Leaving Certificate Examination, 1916
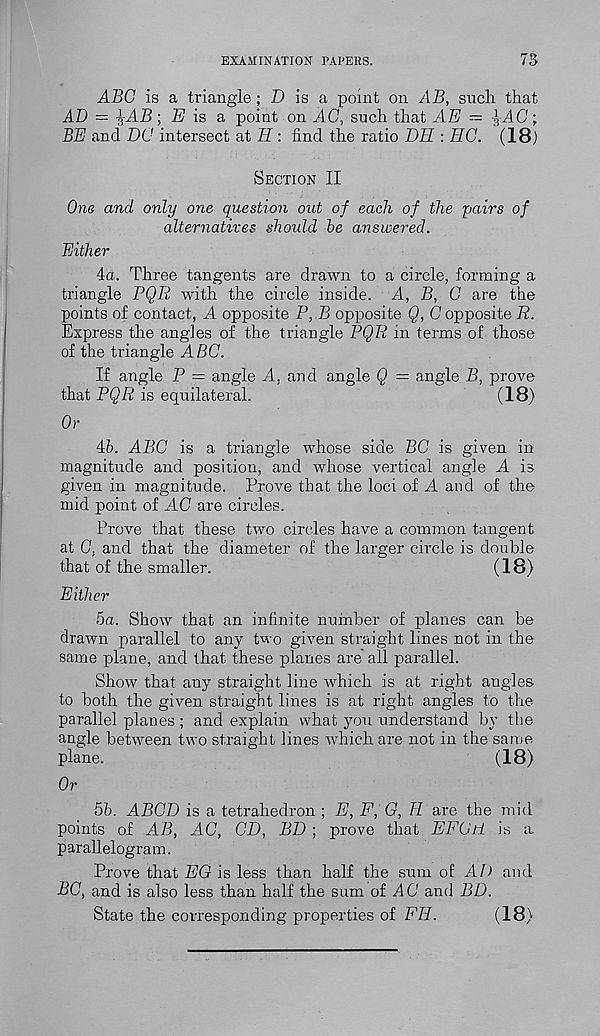
EXAMINATION PAPERS.
73
ABC is a triangle; D is a point on AB, such, that
AD — ^AB; £/ is a point on AC, such that AE — -g AC;
BE and DC intersect at E : find the ratio BE : EC. (18)
Section II
One and only one question out of each of the pairs of
alternatives should be answered.
Either
4a. Three tangents are drawn to a circle, forming a
triangle PQR with the circle inside. A, B, C are the
points of contact, A opposite P, B opposite Q, C opposite R.
Express the angles of the triangle PQR in terms of those
of the triangle ABC.
If angle P = angle A, and angle Q = angle B, prove
that PQR is equilateral.
(18)
Or
46. ABC is a triangle whose side BC is given in
magnitude and position, and whose vertical angle A is
given in magnitude. Prove that the loci of A and of the
mid point of AC are circles.
Prove that these two circles have a common tangent
at C. and that the diameter of the larger circle is double
that of the smaller.
(18)
Either
5a. Show that an infinite number of planes can be
drawn parallel to any two given straight lines not in the
same plane, and that these planes are all parallel.
Show that any straight line which is at right angles
to both the given straight lines is at right angles to the
parallel planes ; and explain what you understand by the
angle between two straight lines which are not in the same
plane.
(18)
Or
56. ABCD is a tetrahedron ; E, F, G, E are the mid
points of AB, AC, CD, BD ; prove that EFGE is a
parallelogram.
Prove that EG is less than half the sum of A/I and
BC, and is also less than half the sum of A C and BD.
State the corresponding properties of FE.
(18)